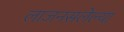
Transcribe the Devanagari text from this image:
लाजनसलेल्या